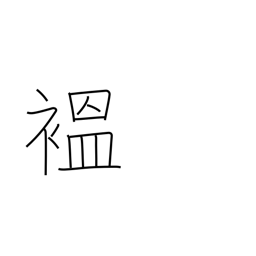
Meaning: robe